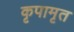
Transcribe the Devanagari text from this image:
कृपामृत